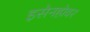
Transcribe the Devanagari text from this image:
इसेनहोवर